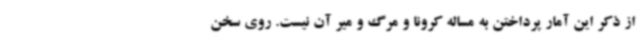
از ذکر این آمار پرداختن به مساله کرونا و مرگ و میر آن نیست. روی سخن